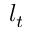
l _ { t }